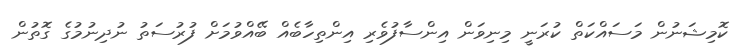
ކޮމިޝަނުން މަސައްކަތް ކުރަނީ މިނިވަން އިންސާފުވެރި އިންތިހާބެއް ބޭއްވުމަށް ފުރުސަތު ނުދިނުމުގެ ގޮތުން